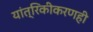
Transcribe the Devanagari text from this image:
यांत्रिकीकरणही